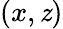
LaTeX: (x,\mathit{z})